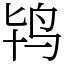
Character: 鸨